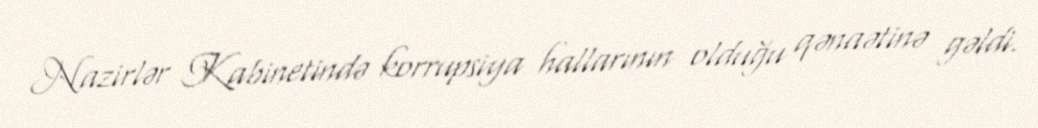
Nazirlər Kabinetində korrupsiya hallarının olduğu qənaətinə gəldi.